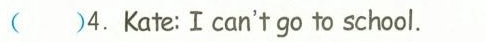
( )4.Kate:Ⅰcan't go to school.